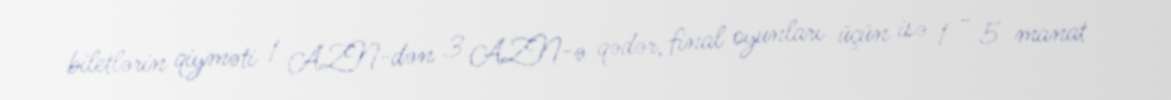
biletlərin qiyməti 1 AZN-dən 3 AZN-ə qədər, final oyunları üçün isə 1 - 5 manat